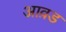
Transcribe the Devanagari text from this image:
आव़ड